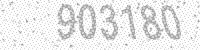
Solution: 903180